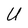
Character: U